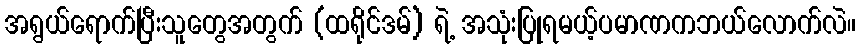
အရွယ်ရောက်ပြီးသူတွေအတွက် (ထရိုင်ဒမ်) ရဲ့ အသုံးပြုရမယ့်ပမာဏကဘယ်လောက်လဲ။